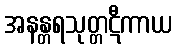
အနန္တရသုတ္တဋီကာယ